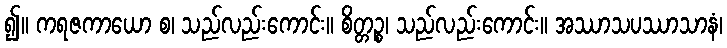
၍။ ကရဇကာယော စ၊ သည်လည်းကောင်း။ စိတ္တဉ္စ၊ သည်လည်းကောင်း။ အဿာသပဿာသာနံ၊